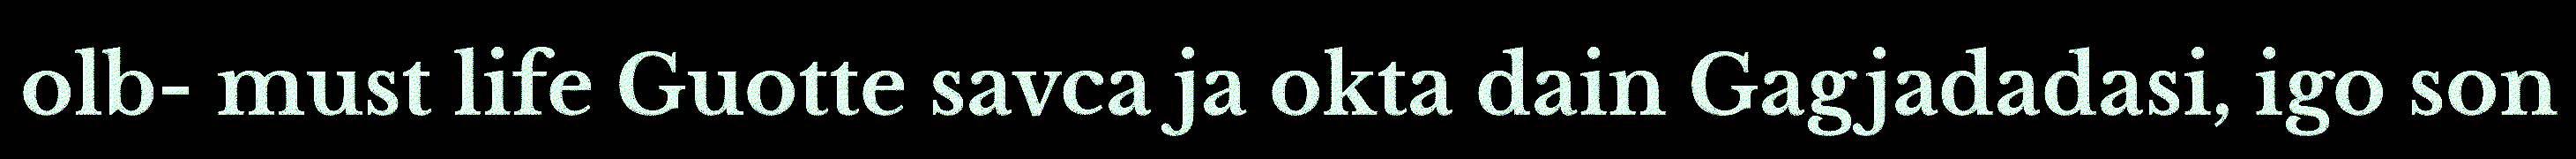
olb- must life Guotte savca ja okta dain Gagjadadasi, igo son